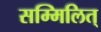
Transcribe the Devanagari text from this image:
सम्मिलित्